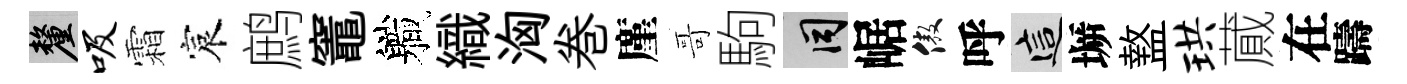
厘吸霜宸鹧竈軄織洶巻廑哥駒间崌傲呼這󶱲盩珙蕆在躊